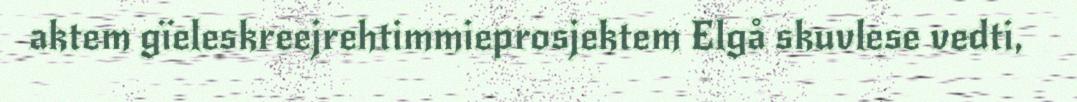
aktem gïeleskreejrehtimmieprosjektem Elgå skuvlese vedti,